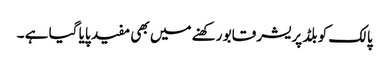
پالک کو بلڈ پریشر قابو رکھنے میں بھی مفید پایا گیا ہے ۔